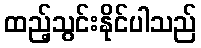
ထည့်သွင်းနိုင်ပါသည်